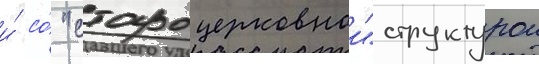
и́ со́ "староцерковнои" структурои